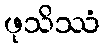
ဖုသိဿံ